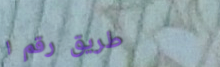
طريق رقم ١